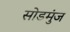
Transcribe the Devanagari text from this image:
सोडमुंज